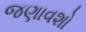
જણાવશો